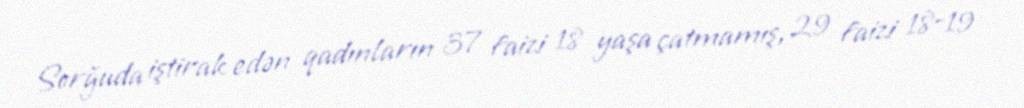
Sorğuda iştirak edən qadınların 37 faizi 18 yaşa çatmamış, 29 faizi 18-19